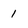
Character: 1